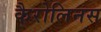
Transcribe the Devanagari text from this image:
कैरोलिनस